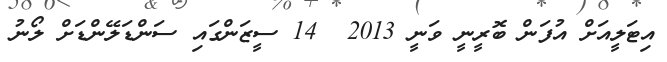
އިޓަލީއަށް އުފަން ބޮރީނީ ވަނީ 2013  14 ސީޒަންގައި ސަންޑަލޭންޑަށް ލޯނު